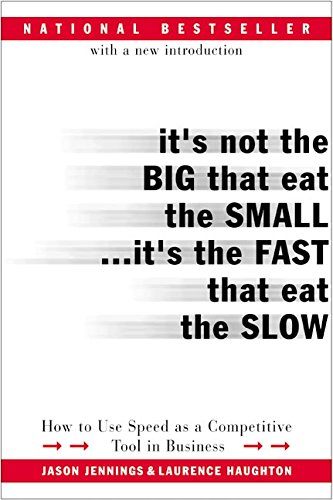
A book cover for It's Not the Big That Eat the Small...It's the Fast That Eat the Slow: How to Use Speed as a Competitive Tool in Business; Jason Jennings; Business & Money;